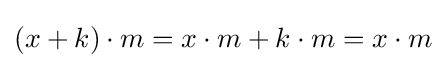
(x+k)\cdot m=x\cdot m+k\cdot m=x\cdot m